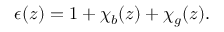
\begin{array} { r } { \epsilon ( z ) = 1 + \chi _ { b } ( z ) + \chi _ { g } ( z ) . } \end{array}